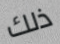
ذلك